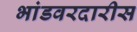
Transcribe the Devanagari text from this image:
भांडवरदारीस